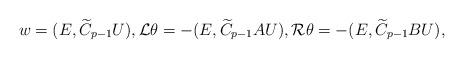
LaTeX: \begin{align*}w=(E, \widetilde C_{p-1}U),{\cal L}\theta =-(E, \widetilde C_{p-1}AU),{\cal R}\theta =-(E, \widetilde C_{p-1}BU),\end{align*}